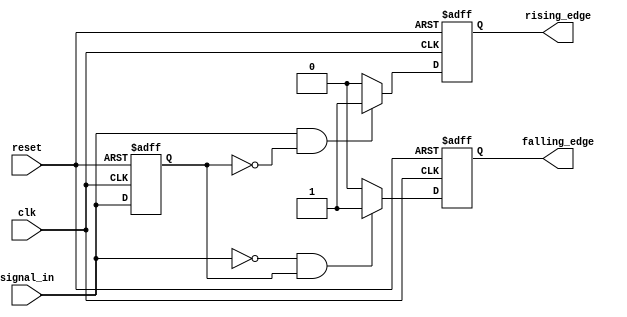
module differential_edge_detector (
    input wire clk,               // Clock signal
    input wire reset,             // Asynchronous reset signal
    input wire signal_in,         // Input signal to monitor
    output reg rising_edge,       // Rising edge detected
    output reg falling_edge       // Falling edge detected
);

    reg previous_state;           // Memory block to store the previous state

    // Initialize the outputs and the memory block on reset
    always @(posedge clk or posedge reset) begin
        if (reset) begin
            previous_state <= 1'b0;  // Initialize to 0
            rising_edge <= 1'b0;      // Clear rising edge signal
            falling_edge <= 1'b0;     // Clear falling edge signal
        end else begin
            // Edge detection logic
            rising_edge <= 1'b0;      // Default to low
            falling_edge <= 1'b0;     // Default to low

            // Check for rising edge
            if (signal_in == 1'b1 && previous_state == 1'b0) begin
                rising_edge <= 1'b1;   // Rising edge detected
            end

            // Check for falling edge
            if (signal_in == 1'b0 && previous_state == 1'b1) begin
                falling_edge <= 1'b1;   // Falling edge detected
            end

            // Update the memory block
            previous_state <= signal_in; // Store the current state for next cycle
        end
    end

endmodule